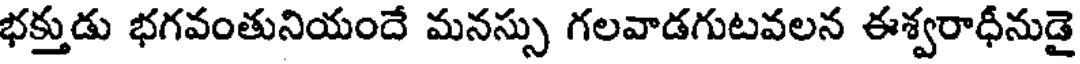
భక్తుడు భగవంతునియందే మనస్సు గలవాడగుటవలన ఈశ్వరాధీనుడై